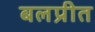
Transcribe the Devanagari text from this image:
बलप्रीत